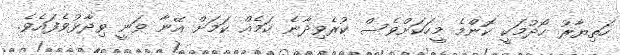
ހަތިޔާރު ހޯދުމަކީ ކޮންމެ މީހަކަށްވެސް ކުރެވިދާނެ ކަމެއް ކަމަށް އޭނާ ވަނީ ވިދާޅުވެފައެވެ.